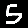
Digit: 5